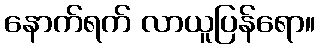
နောက်ရက် လာယူပြန်ရော။